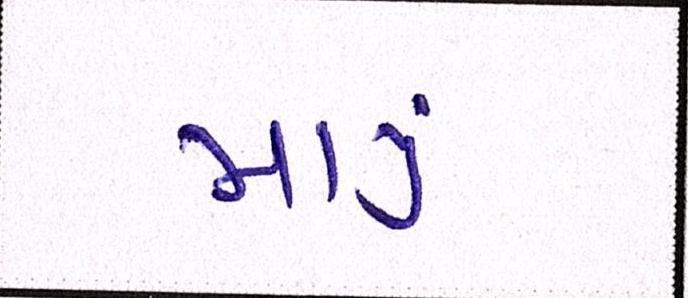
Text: માથું